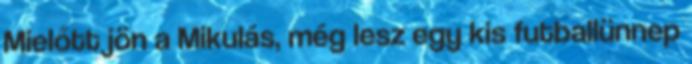
Mielőtt jön a Mikulás, még lesz egy kis futballünnep